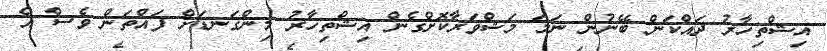
އިޝްތިހާރު ދައްކަން ބޭނުން ނަމަ މަޝްވަރާކޮށްގެން އިޝްތިހާރު މިންގަނޑަށް ފައްތަން ވެސް އެ